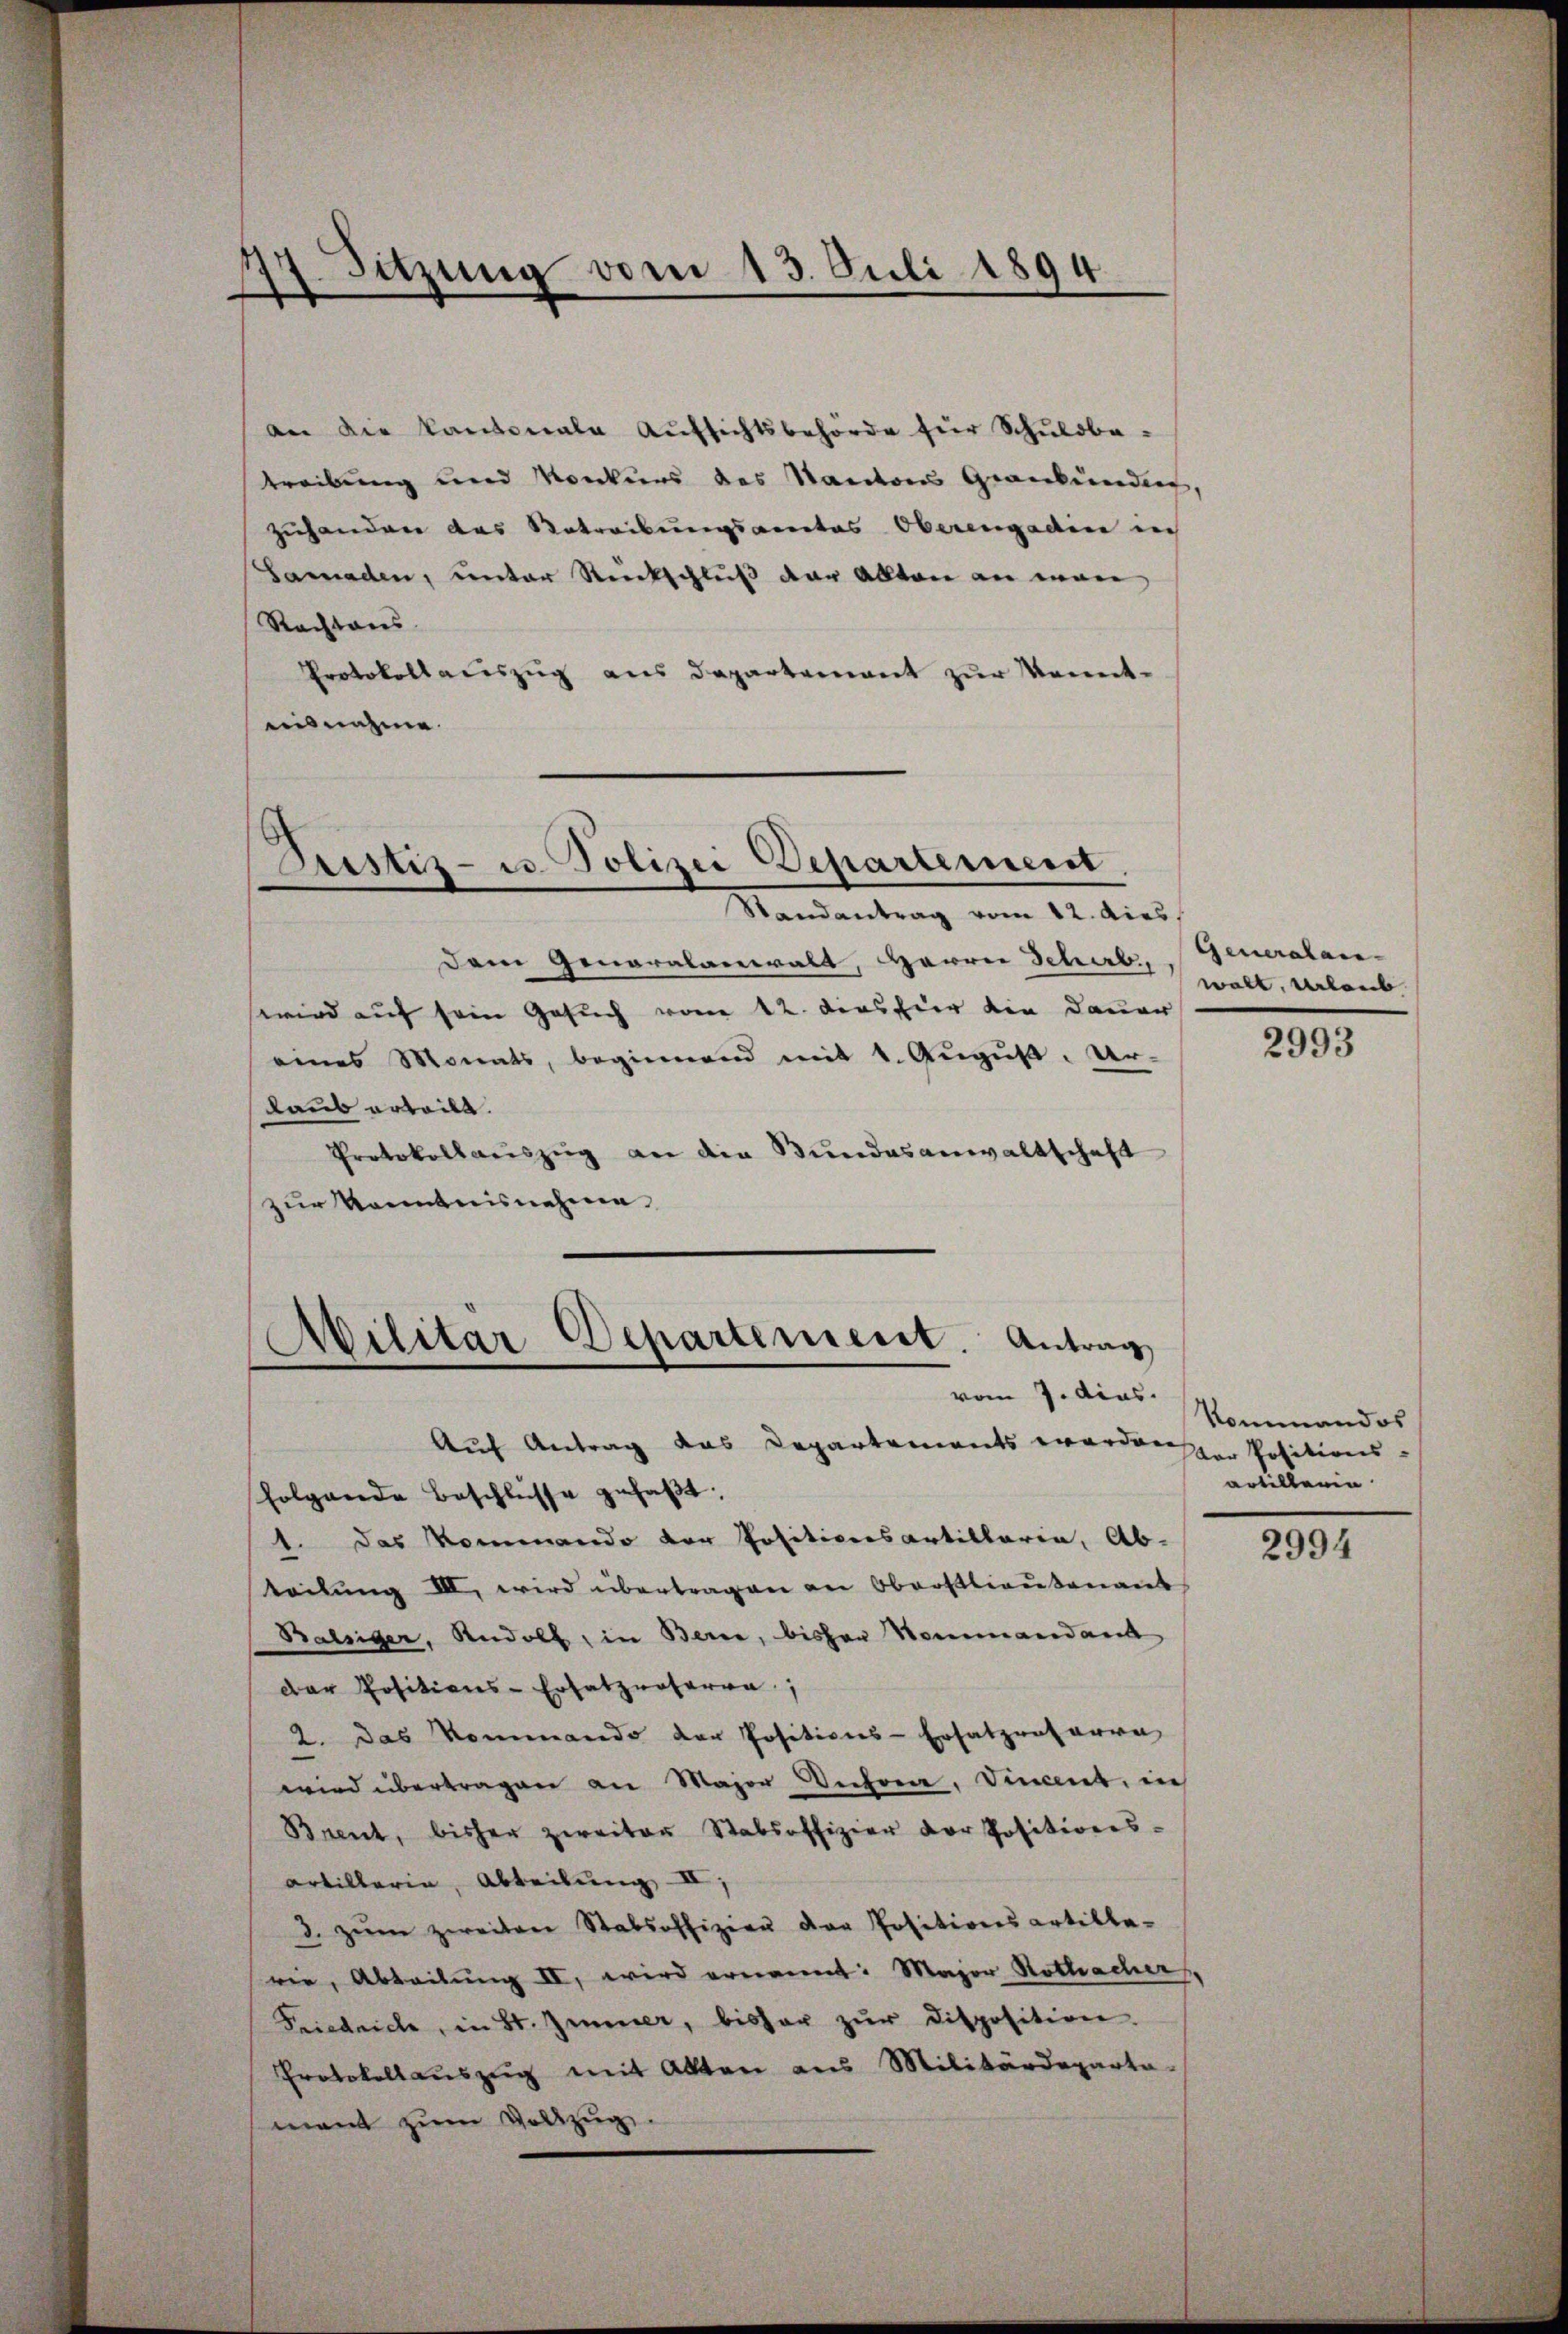
Sitzung vom 13. Juli 1894.
e

an die Kantonale Aŭfsichtsbehörde für Schŭlobe
treibung und Konkurs des Kanton Grankundis,
zuhander das Betreibungsantas Oberengaden in
Samaden, unter Rückschluß der allten an man
Rachtaus
Protokollauszug aus Departement zur Kenntuisnahme.

Pustiz- u. Polizei Departement.
.
e
Randantrag vom 12. dies

Dem Generalanwalt, Herrn Schub, Generalanwird auf sein Gesuch vom 12. denshier die Dauer
eines Monats, beginnend mit 1. Aŭgŭst. Ur-
laub erteilt.
Protokollaŭszŭg an die Bŭndesanwaltschaft
zur Kenntnisnehme
Militär Departement. Antrag
e
e

vom 7. dies.

Auf Antrag das Repartements werden
folgende Beschlüsse gefaßt.
1. Das Kommando der Positionsartillaria, Ab-
teilung III. wird übertragen an Oberstlieutenant
Balsiger, Rudolf, in Berne, bisher Nommandant
Der Positions-Ersatznotaria,
2. Das Kommando der Positions-Ersatzwatarre
wird übertragen an Major Unehren, Vincent, in
Brent, bisher zweiter Stabsoffizier der Positions-
Artillaria, Abteilung II
d. zŭm zweiten Stabsoffizien der Positionsartille-
wie, Abteilung II, wird ernannt: Major Rothacher
Friedriche, in St. Zimmer, bisher zŭr disposition.
Protokollauszug mit Akten aus Militärdeparta-
mant zum Vollzug

walt, erlaub

2993

Kommandos
Der Positions-
artillerin

2994